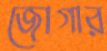
জোগার